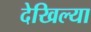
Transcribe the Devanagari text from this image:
देखिल्या